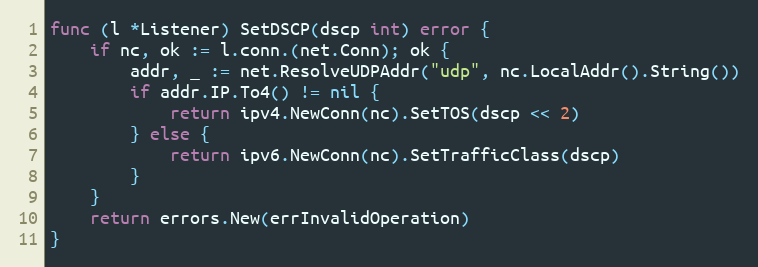
Language: Go
func (l *Listener) SetDSCP(dscp int) error {
	if nc, ok := l.conn.(net.Conn); ok {
		addr, _ := net.ResolveUDPAddr("udp", nc.LocalAddr().String())
		if addr.IP.To4() != nil {
			return ipv4.NewConn(nc).SetTOS(dscp << 2)
		} else {
			return ipv6.NewConn(nc).SetTrafficClass(dscp)
		}
	}
	return errors.New(errInvalidOperation)
}